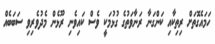
ހަމައެގޮތަށް ރިތިކާއި ކަންގަނާ ރަނާވަތުގެ ގުޅުމަކީ ވެސް ކައިވެނި ރޫޅެން މެދުވެރިވި ސަބަބެއް